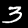
Label: 3